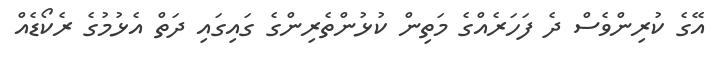
އޭގެ ކުރިންވެސް ދެ ފަހަރެއްގެ މަތިން ކުޅުންތެރިންގެ ގައިގައި ދަތް އެޅުމުގެ ރެކޯޑެއް